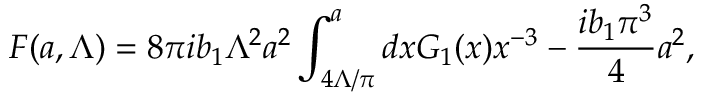
{ \cal F } ( a , \Lambda ) = { 8 \pi i b _ { 1 } } \Lambda ^ { 2 } a ^ { 2 } \int _ { 4 \Lambda / \pi } ^ { a } d x { \cal G } _ { 1 } ( x ) x ^ { - 3 } - { \frac { i b _ { 1 } \pi ^ { 3 } } { 4 } } a ^ { 2 } ,